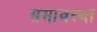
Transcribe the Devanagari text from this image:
समावस्था